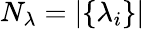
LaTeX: N_{\lambda}=|\{ \lambda_{i}\} |